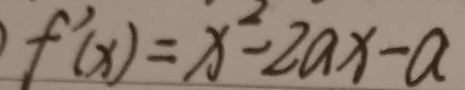
f ^ { \prime } ( x ) = x ^ { 2 } - 2 a x - a